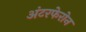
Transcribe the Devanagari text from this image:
अंटरफेरोन